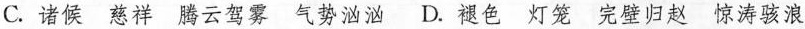
C.诸候 慈祥 腾云驾雾 气势汹汹 D.褪色 灯笼 完璧归赵 惊涛骇浪